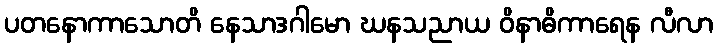
ပတနောကာသောတိ နေသာဒဂါမော ဃနသညာယ ဝိနာဓိကာရေန လီလာ